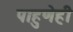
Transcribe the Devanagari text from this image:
पाहुणेही